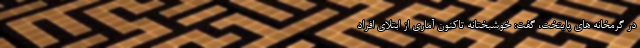
در گرمخانه های پایتخت، گفت: خوشبختانه تاکنون آماری از ابتلای افراد